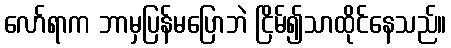
လော်ရာက ဘာမှပြန်မပြောဘဲ ငြိမ်၍သာထိုင်နေသည်။